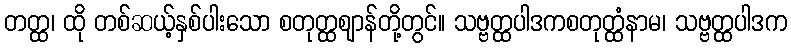
တတ္ထ၊ ထို တစ်ဆယ့်နှစ်ပါးသော စတုတ္ထဈာန်တို့တွင်။ သဗ္ဗတ္ထပါဒကစတုတ္ထံနာမ၊ သဗ္ဗတ္ထပါဒက